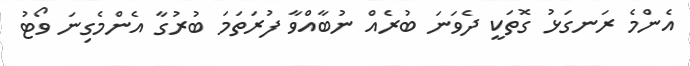
އެންމެ ރަނގަޅު ގޮތަކީ ދެވަނަ ބުރެއް ނުބާއްވާ ފުރަތަމަ ބުރުގާ އެންމެގިނަ ވޯޓު